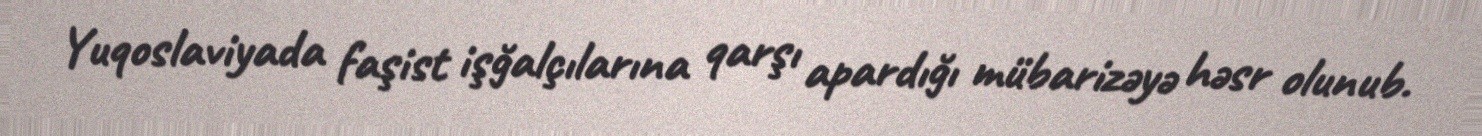
Yuqoslaviyada faşist işğalçılarına qarşı apardığı mübarizəyə həsr olunub.